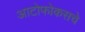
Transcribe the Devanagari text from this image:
आटोफोकसचे